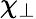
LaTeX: \chi_{\perp}